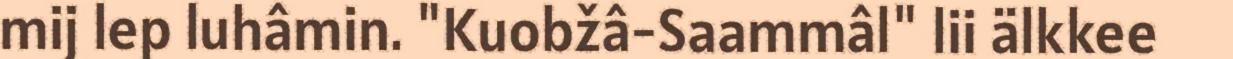
mij lep luhâmin. "Kuobžâ-Saammâl" lii älkkee